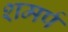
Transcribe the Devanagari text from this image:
शमर्प